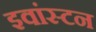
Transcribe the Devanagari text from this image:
इवांस्टन